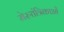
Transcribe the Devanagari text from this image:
मेरुतंत्रिकाओं